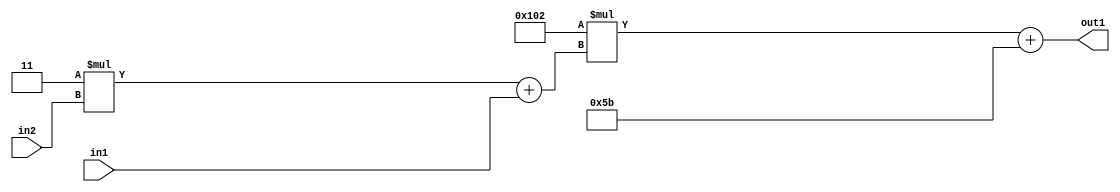
`timescale 1ps / 1ps
/*****************************************************************************
    Verilog RTL Description
    
    
    Created by: Stratus DpOpt 2019.1.01 
*******************************************************************************/

module DC_Filter_Add2i91Mul2i258Add2u1Mul2i3u2_4 (
	in2,
	in1,
	out1
	); /* architecture "behavioural" */ 
input [1:0] in2;
input  in1;
output [11:0] out1;
wire [11:0] asc001;
wire [3:0] asc002;

wire [3:0] asc002_tmp_0;
assign asc002_tmp_0 = 
	+(4'B0011 * in2);
assign asc002 = asc002_tmp_0
	+(in1);

wire [11:0] asc001_tmp_1;
assign asc001_tmp_1 = 
	+(12'B000100000010 * asc002);
assign asc001 = asc001_tmp_1
	+(12'B000001011011);

assign out1 = asc001;
endmodule

/* CADENCE  v7b1Two= : u9/ySgnWtBlWxVPRXgAZ4Og= ** DO NOT EDIT THIS LINE ******/